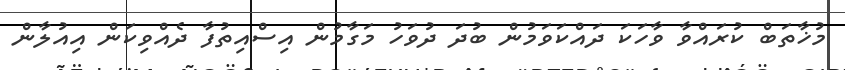
މުޚާތަބް ކުރައްވާ ވާހަކަ ދައްކަވަމުން ބުދަ ދުވަހު މަގާމުން އިސްއިތުފާ ދެއްވިކަން އިއުލާން